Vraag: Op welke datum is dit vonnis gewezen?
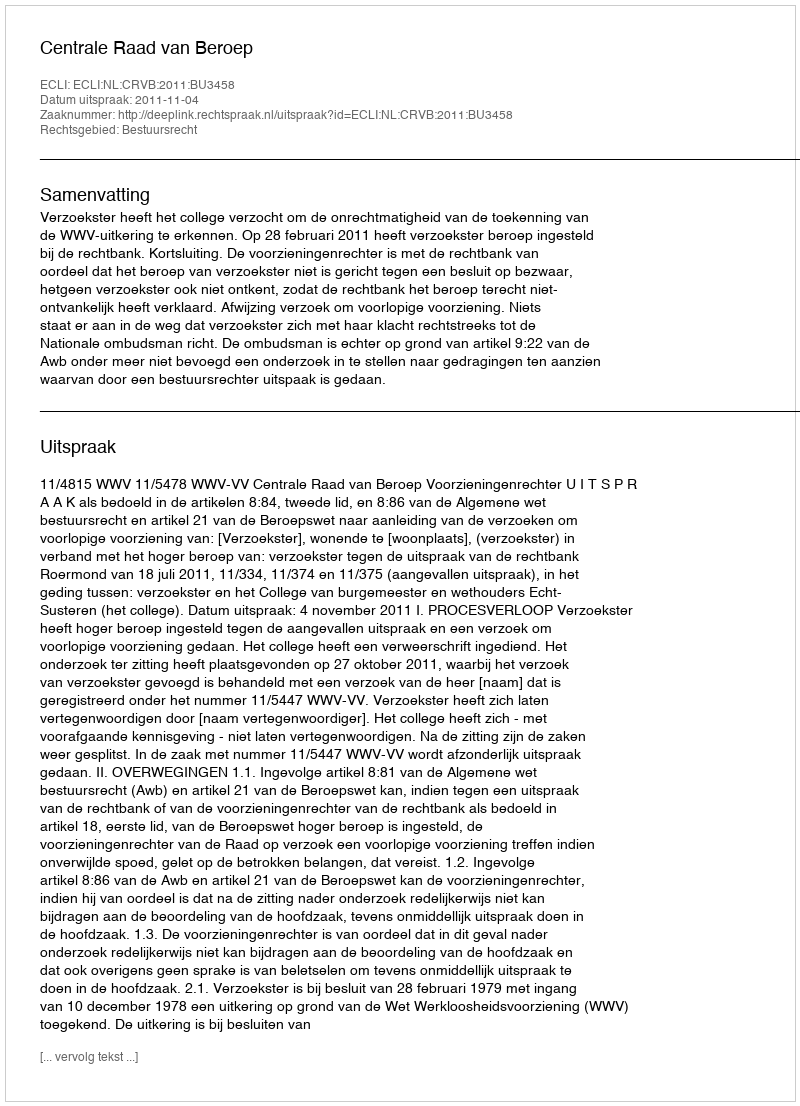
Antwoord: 2011-11-04